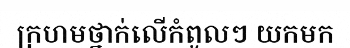
ក្រហមថ្នាក់លើកំពូលៗ យកមក